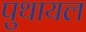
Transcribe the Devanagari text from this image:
पुथायल